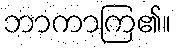
ဘာကာကြ၏။